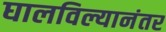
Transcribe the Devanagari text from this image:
घालविल्यानंतर